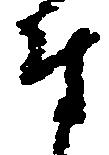
付